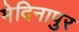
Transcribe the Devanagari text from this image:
मेदिनापुर